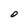
Character: 0